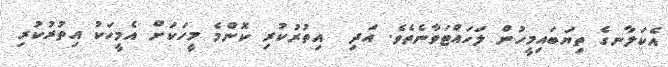
އެކަލާނގެ ތިޔަބައިމީހުން ލަހައްޓަވާނެތެވެ. އަދި  އިތުރުކުރި ކޮންމެ މީހަކަށް އެމީހަކު އިތުރުކުރި